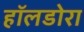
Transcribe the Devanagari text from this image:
हॉलडोरा